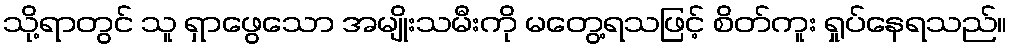
သို့ရာတွင် သူ ရှာဖွေသော အမျိုးသမီးကို မတွေ့ရသဖြင့် စိတ်ကူး ရှုပ်နေရသည်။